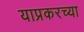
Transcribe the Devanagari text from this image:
याप्रकरच्या